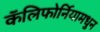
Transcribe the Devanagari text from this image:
कॅलिफोर्नियामधुन